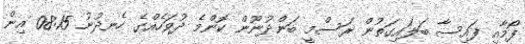
ފޯމާއި ފައިސާ ބަލައިގަތުން ރަސްމީ ބަންދުނޫން ކޮންމެ ދުވަހެއްގެ ހެނދުނު 08:15 އިން